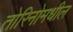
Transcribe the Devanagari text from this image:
तोरिनोमधील